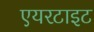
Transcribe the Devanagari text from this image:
एयरटाइट